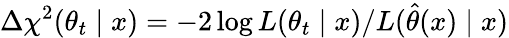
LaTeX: \Delta\chi^{2}(\theta_{t}\mid x)=-2\log L(\theta_{t}\mid x)/L(\hat{\theta}(x)\mid x)